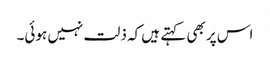
اس پر بھی کہتے ہیں کہ ذلت نہیں ہوئی۔